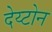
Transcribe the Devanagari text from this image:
देय्टोन